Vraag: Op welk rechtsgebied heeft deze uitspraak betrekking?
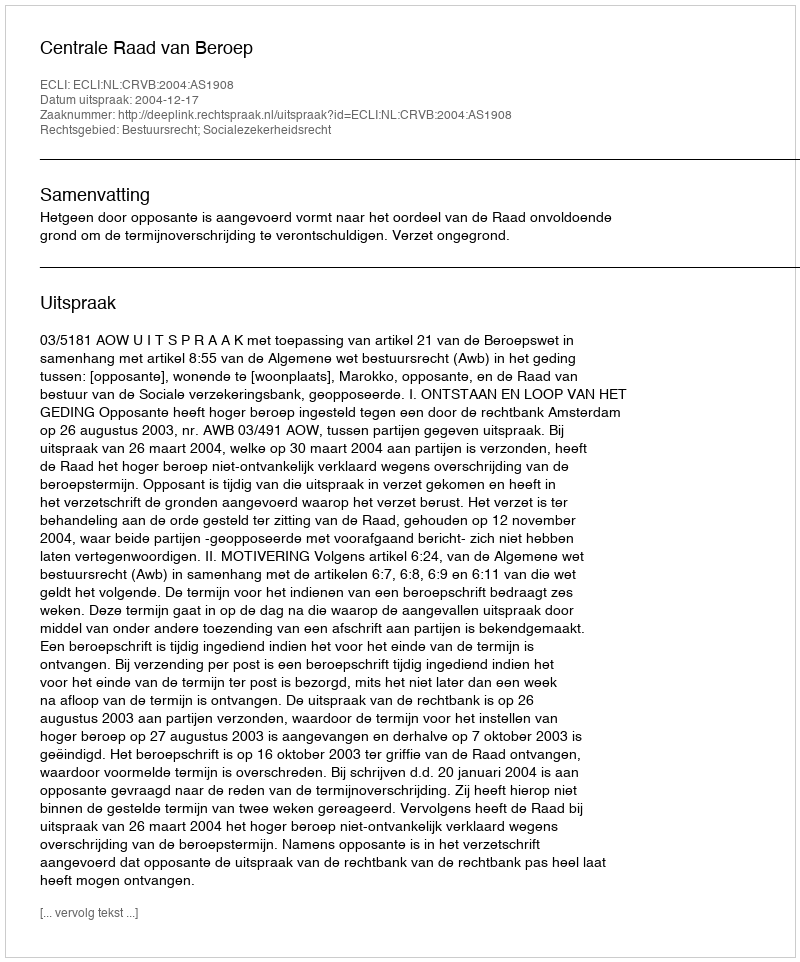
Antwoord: Bestuursrecht; Socialezekerheidsrecht